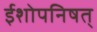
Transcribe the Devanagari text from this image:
ईशोपनिषत्